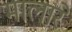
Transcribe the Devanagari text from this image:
मालारे